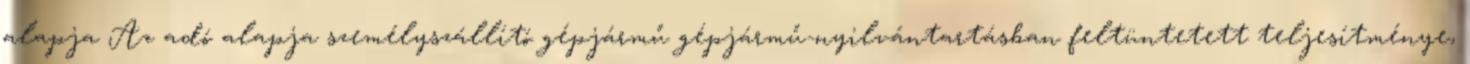
alapja Az adó alapja személyszállító gépjármű gépjármű-nyilvántartásban feltüntetett teljesítménye,